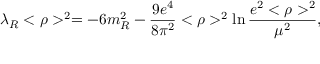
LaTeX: \lambda _ { R } < \rho > ^ { 2 } = - 6 m _ { R } ^ { 2 } - \frac { 9 e ^ { 4 } } { 8 \pi ^ { 2 } } < \rho > ^ { 2 } \ln \frac { e ^ { 2 } < \rho > ^ { 2 } } { \mu ^ { 2 } } ,